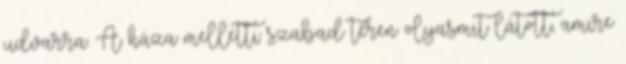
udvarra. A háza melletti szabad téren olyasmit látott, amire